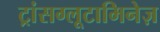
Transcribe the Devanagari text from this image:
ट्रांसग्लूटामिनेज़